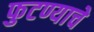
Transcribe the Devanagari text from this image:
फुटण्याचे